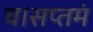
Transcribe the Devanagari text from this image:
च।सप्तमं